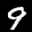
Label: 9